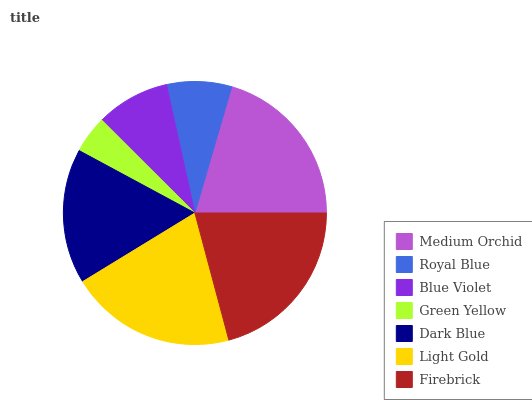
| Medium Orchid | Royal Blue | Blue Violet | Green Yellow | Dark Blue | Light Gold | Firebrick |
 | --- | --- | --- | --- | --- | --- | --- |
 | 20.5% | 7.98% | 9.06% | 4.62% | 16.6% | 20.4% | 20.9% |